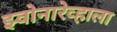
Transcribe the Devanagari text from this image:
झ्वोनारेव्हाला